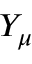
Y _ { \mu }